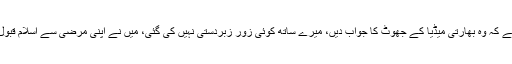
بھارتی خاتون عائشہ نے کہا ہے کہ وِزیراعظم عمران خان سے اپیل ہے کہ وہ بھارتی میڈیا کے جھوٹ کا جواب دیں، میرے ساتھ کوئی زور زبردستی نہیں کی گئی، میں نے اپنی مرضی سے اسلام قبول کیا اور سلمان سے شادی کی، وزیر اعظم عمران خان ہمیں تحفظ دیں۔